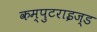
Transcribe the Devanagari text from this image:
कम्पुटराइज्ड